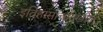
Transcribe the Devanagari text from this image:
इतिहासाचादेखील